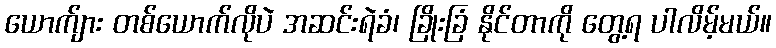
ယောက်ျား တစ်ယောက်လိုပဲ အဆင်းရဲခံ၊ ခြိုးခြံ နိုင်တာကို တွေ့ရ ပါလိမ့်မယ်။